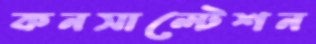
কনসাল্টেশন